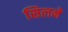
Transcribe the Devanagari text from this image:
सिलने